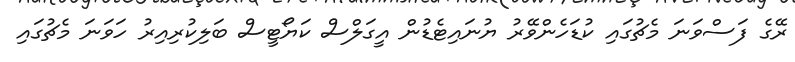
ރޭގެ ފަސްވަނަ މެޗުގައި ކުޑަހެންވޭރު ޔުނައިޓެޑުން އީގަލްސް ކަޔޯޓީސް ބަލިކުރިއިރު ހަވަނަ މެޗުގައި